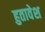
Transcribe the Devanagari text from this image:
हुतावेश